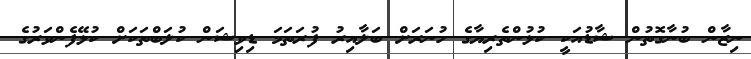
ނިޒާން ބުނާގޮތުން ޝާޑުއަކީ ކުޅުންތެރިޔާގެ ހުނަރަށް ބަލާއިރު ފުރަތަމަ ޑިވިޝަން ކުލަބްތަކަށް ކުޅޭފެންވަރުގެ